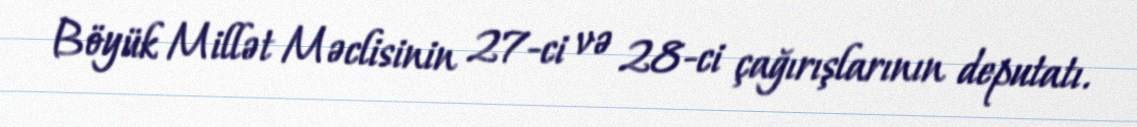
Böyük Millət Məclisinin 27-ci və 28-ci çağırışlarının deputatı.